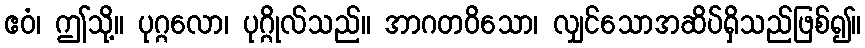
ဧဝံ၊ ဤသို့။ ပုဂ္ဂလော၊ ပုဂ္ဂိုလ်သည်။ အာဂတဝိသော၊ လျှင်သောအဆိပ်ရှိသည်ဖြစ်၍။